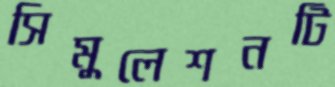
সিমুলেশনটি